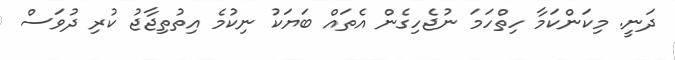
ދަނީ. މިކަންކަމާ ހިތްހަމަ ނުޖެހިގެން އެތައް ބަޔަކު ނިކުމެ އިތުތިޖާޖު ކުރި ދުވަސް